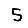
Digit: 5